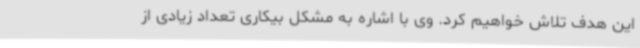
این هدف تلاش خواهیم کرد. وی با اشاره به مشکل بیکاری تعداد زیادی از